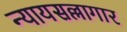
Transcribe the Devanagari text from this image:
न्यायसल्लागार